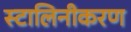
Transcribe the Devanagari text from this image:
स्टालिनीकरण